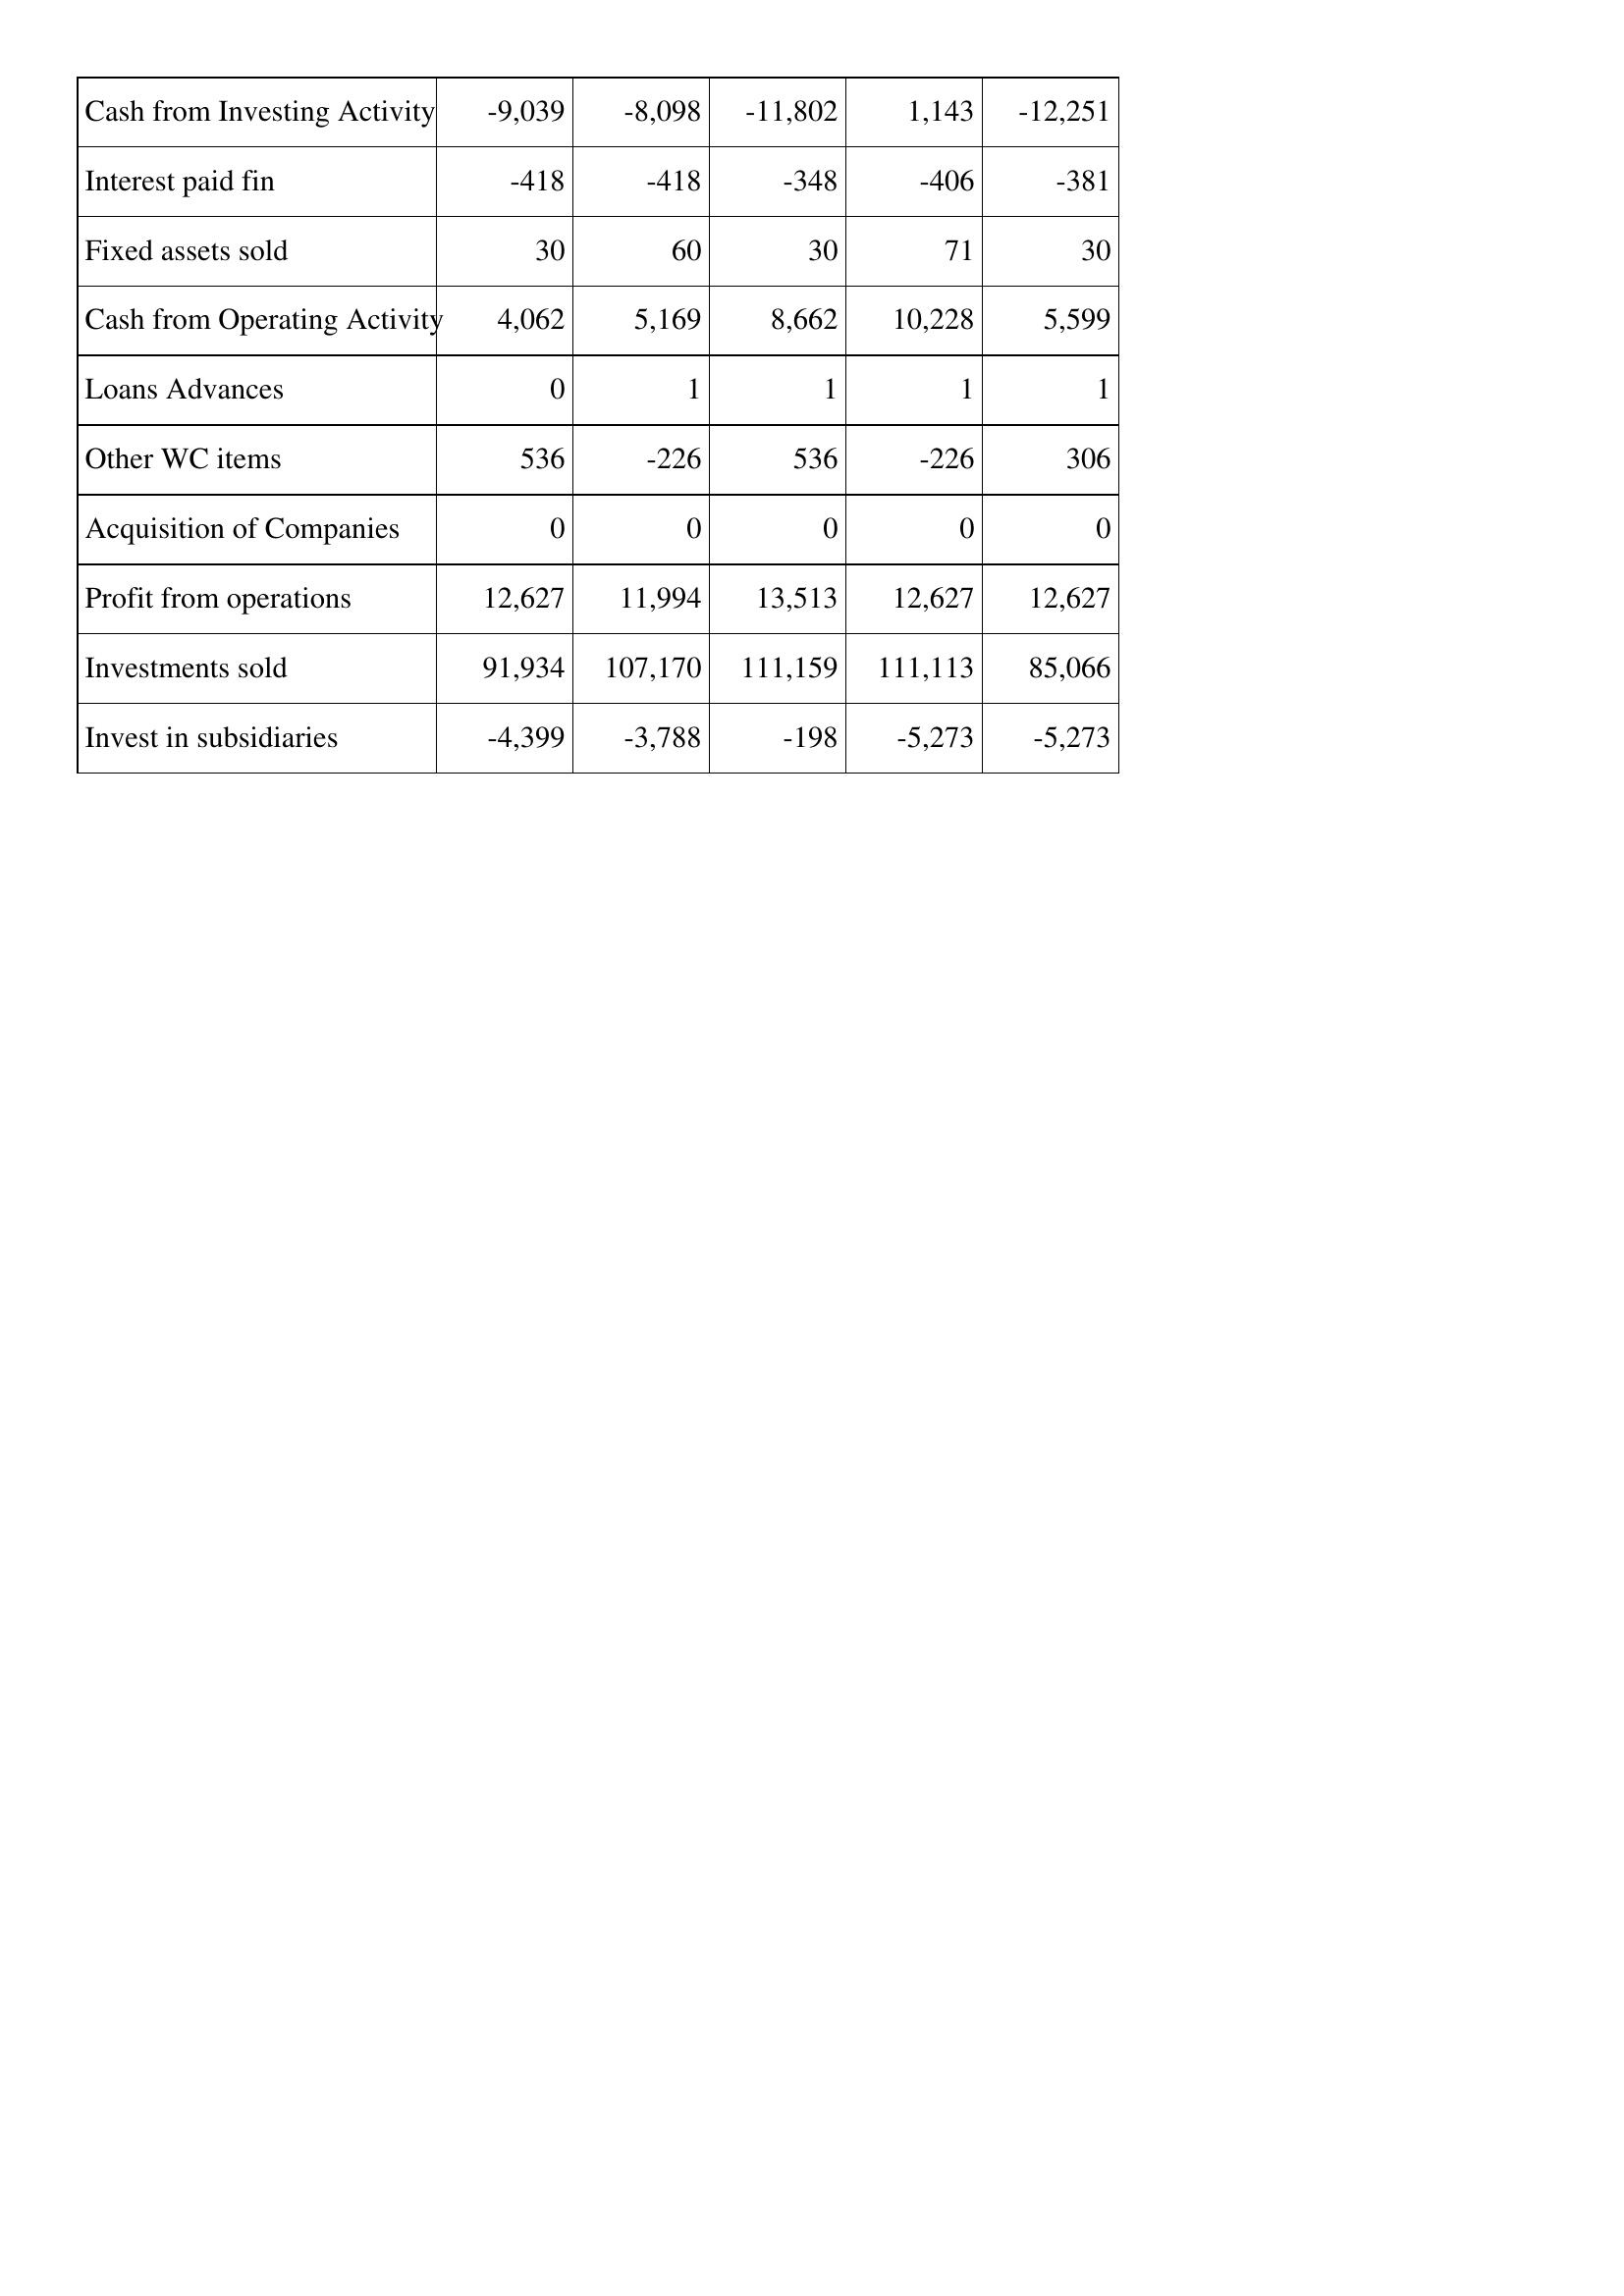
Apr-06: Cash Flows: Cash from Investing Activity: -9,039
Interest paid fin: -418
Fixed assets sold: 30
Cash from Operating Activity: 4,062
Loans Advances: 0
Other WC items: 536
Acquisition of Companies: 0
Profit from operations: 12,627
Investments sold: 91,934
Invest in subsidiaries: -4,399
Apr-05: Cash Flows: Cash from Investing Activity: -8,098
Interest paid fin: -418
Fixed assets sold: 60
Cash from Operating Activity: 5,169
Loans Advances: 1
Other WC items: -226
Acquisition of Companies: 0
Profit from operations: 11,994
Investments sold: 107,170
Invest in subsidiaries: -3,788
Apr-04: Cash Flows: Cash from Investing Activity: -11,802
Interest paid fin: -348
Fixed assets sold: 30
Cash from Operating Activity: 8,662
Loans Advances: 1
Other WC items: 536
Acquisition of Companies: 0
Profit from operations: 13,513
Investments sold: 111,159
Invest in subsidiaries: -198
Apr-03: Cash Flows: Cash from Investing Activity: 1,143
Interest paid fin: -406
Fixed assets sold: 71
Cash from Operating Activity: 10,228
Loans Advances: 1
Other WC items: -226
Acquisition of Companies: 0
Profit from operations: 12,627
Investments sold: 111,113
Invest in subsidiaries: -5,273
Apr-02: Cash Flows: Cash from Investing Activity: -12,251
Interest paid fin: -381
Fixed assets sold: 30
Cash from Operating Activity: 5,599
Loans Advances: 1
Other WC items: 306
Acquisition of Companies: 0
Profit from operations: 12,627
Investments sold: 85,066
Invest in subsidiaries: -5,273